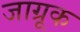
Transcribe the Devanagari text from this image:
जाग्रूक